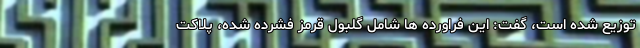
توزیع شده است، گفت: این فراورده ها شامل گلبول قرمز فشرده شده، پلاکت